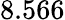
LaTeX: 8.566